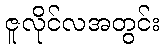
ဇူလိုင်လအတွင်း